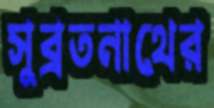
সুব্রতনাথের